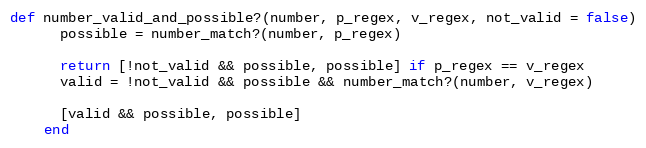
Language: Ruby
def number_valid_and_possible?(number, p_regex, v_regex, not_valid = false)
      possible = number_match?(number, p_regex)

      return [!not_valid && possible, possible] if p_regex == v_regex
      valid = !not_valid && possible && number_match?(number, v_regex)

      [valid && possible, possible]
    end